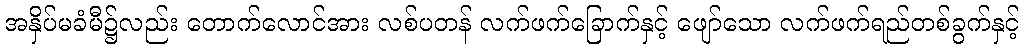
အနှိပ်မခံမီ၌လည်း တောက်လောင်အား လစ်ပတန် လက်ဖက်ခြောက်နှင့် ဖျော်သော လက်ဖက်ရည်တစ်ခွက်နှင့်